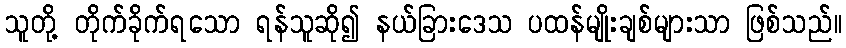
သူတို့ တိုက်ခိုက်ရသော ရန်သူဆို၍ နယ်ခြားဒေသ ပထန်မျိုးချစ်များသာ ဖြစ်သည်။